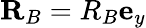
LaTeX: \mathbf{R}_{B}=R_{B}\mathbf{e}_{y}